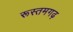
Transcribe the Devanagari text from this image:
रूस्तमगढ़